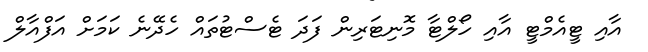
އާއި ޓީއެމްޓީ އާއި ހޯލްޓާ މޮނިޓަރިން ފަދަ ޓެސްޓުތައް ހެދޭނެ ކަމަށް އަފްއާލް